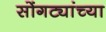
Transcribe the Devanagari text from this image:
सोंगट्यांच्या